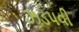
ઝડપવી